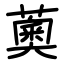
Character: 薁